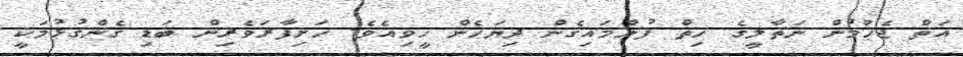
އަތް ޖެހުމުން ނަތާލީގެ ހިތް ފުންމައިގެން ދިޔަހެން ހީވިއެވެ. ހަށިފާރަވެރިން ބަޑި ގެންގުޅުމަކީ